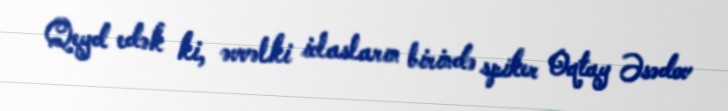
Qeyd edək ki, əvvəlki iclasların birində spiker Oqtay Əsədov